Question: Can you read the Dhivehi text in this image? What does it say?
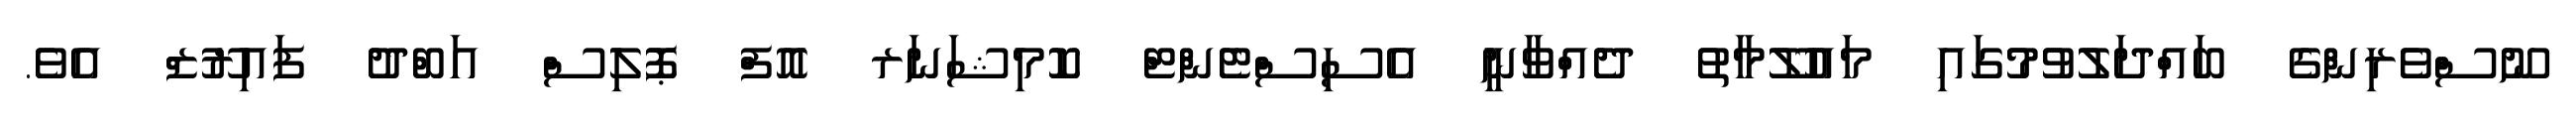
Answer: ނޫސްވެރިންގެ ބައްދަލުވުމުގައި މައުލޫމާތު ދެއްވާނީ އެސިސްޓެންޓް ކޮމިޝަނަރ އޮފް ޕޮލިސް އަބްދު ފައިރޫޒް އެވެ.